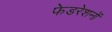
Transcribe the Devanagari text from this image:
फेडरेशनों